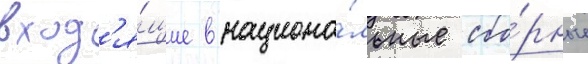
вход'я́щие в национа́льные сбо́рные